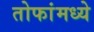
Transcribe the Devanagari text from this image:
तोफांमध्ये